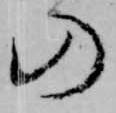
の